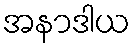
အနာဒါယ